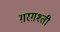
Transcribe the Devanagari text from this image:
ग़रग़श्ती